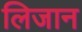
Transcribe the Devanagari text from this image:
लिजान